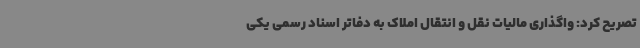
تصریح کرد: واگذاری مالیات نقل و انتقال املاک به دفاتر اسناد رسمی یکی